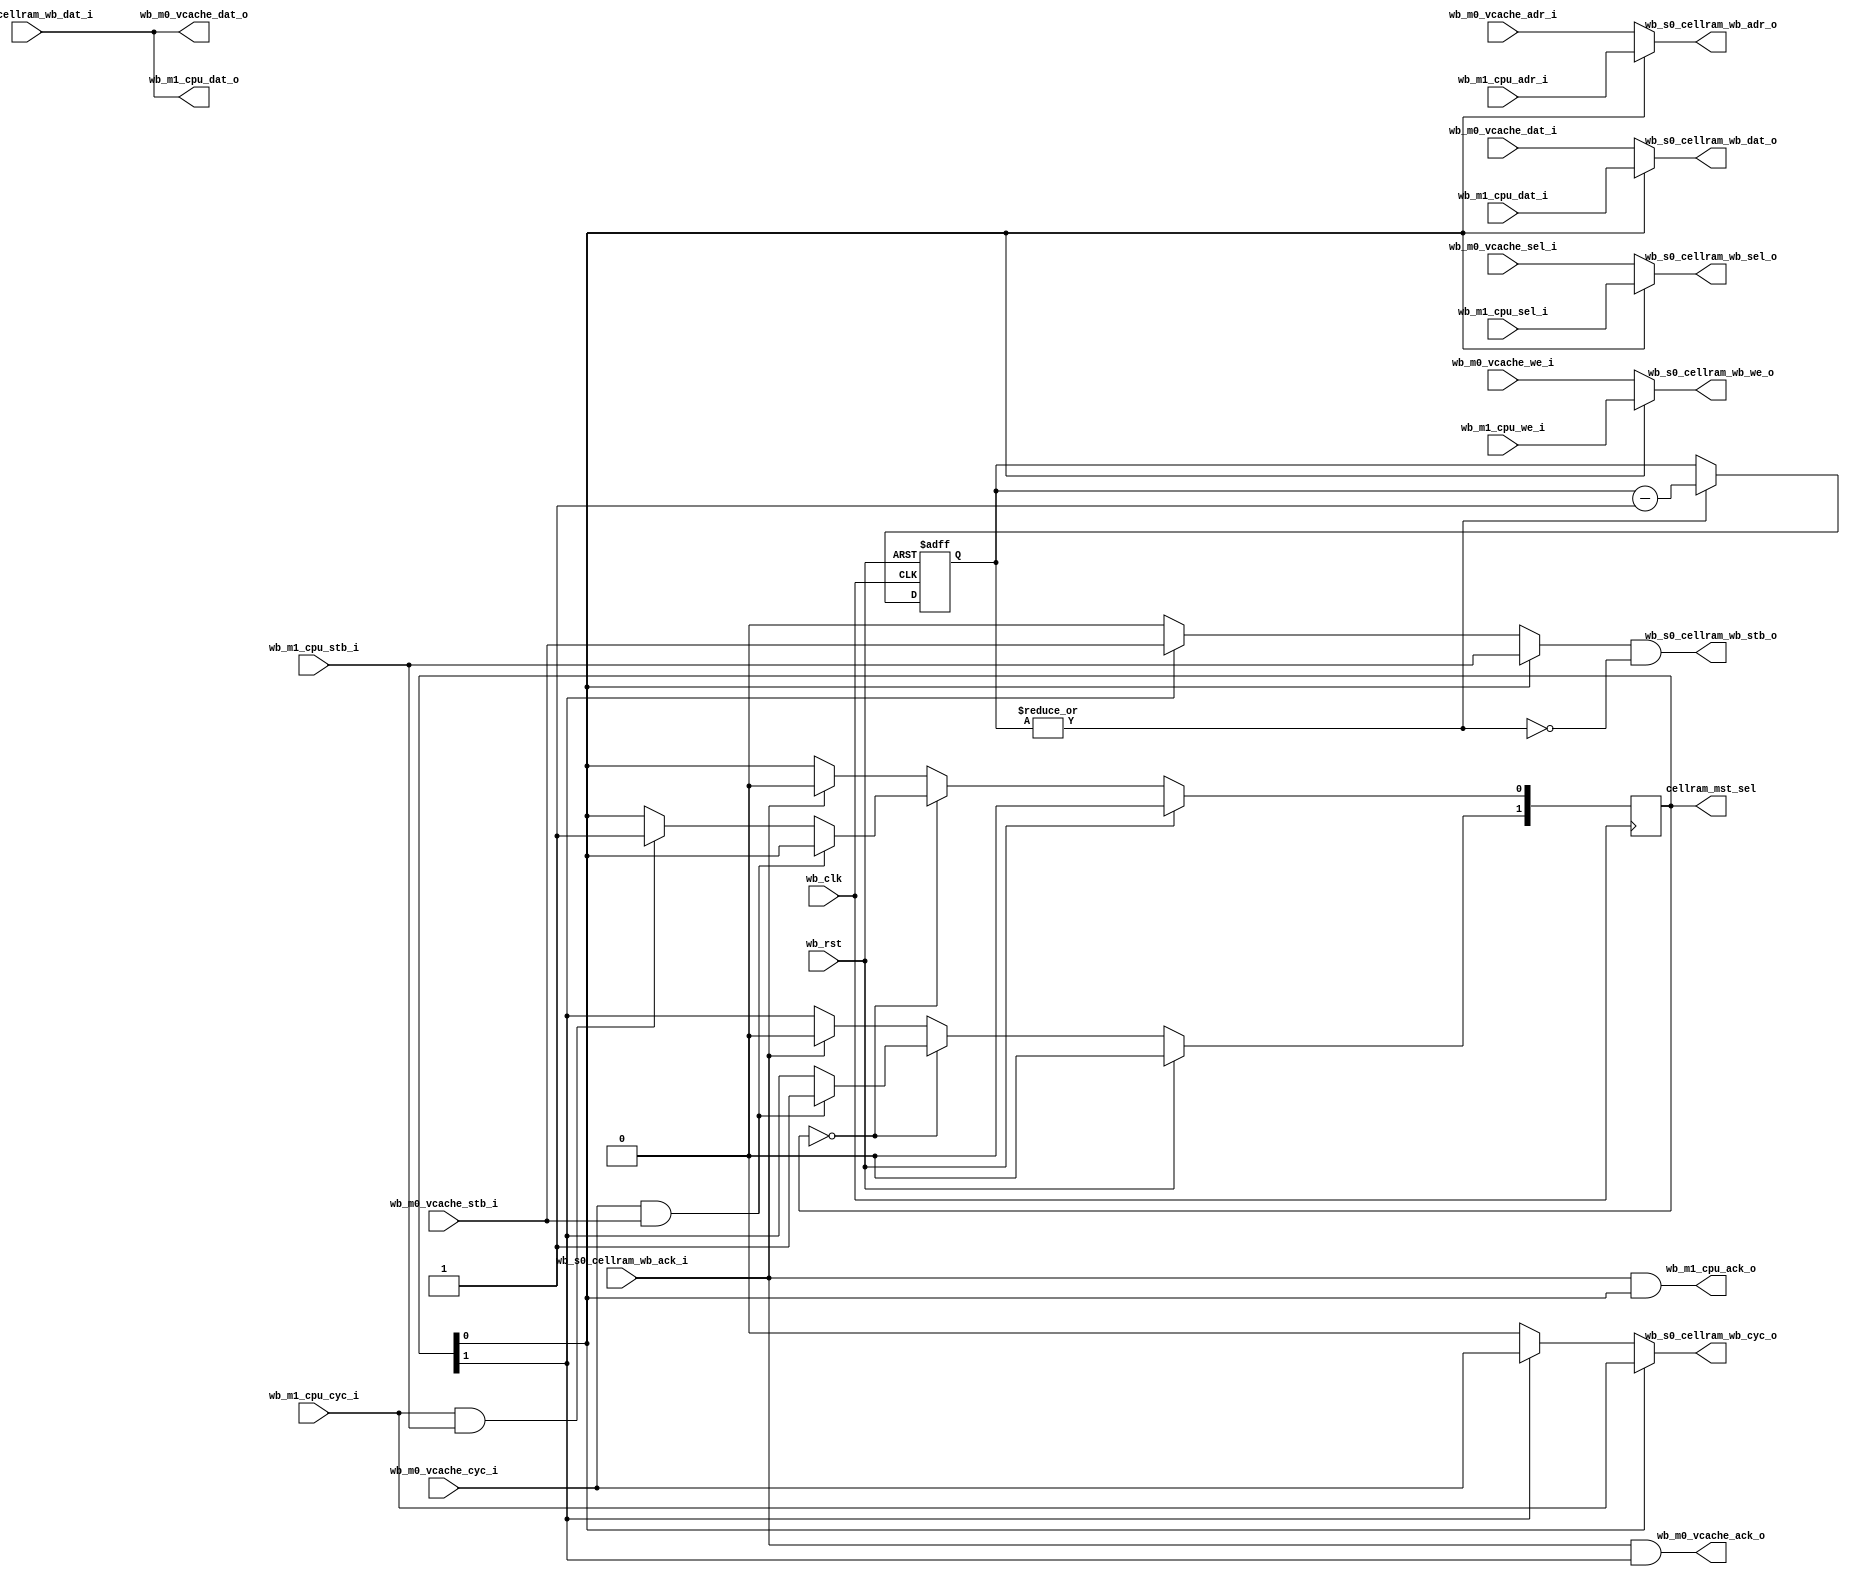
module arbiter(/*AUTOARG*/
   // Outputs
   wb_m0_vcache_dat_o, wb_m0_vcache_ack_o, wb_m1_cpu_dat_o,
   wb_m1_cpu_ack_o, wb_s0_cellram_wb_adr_o, wb_s0_cellram_wb_dat_o,
   wb_s0_cellram_wb_sel_o, wb_s0_cellram_wb_stb_o,
   wb_s0_cellram_wb_cyc_o, wb_s0_cellram_wb_we_o,
   // Inputs
   wb_clk, wb_rst, wb_m0_vcache_adr_i, wb_m0_vcache_dat_i,
   wb_m0_vcache_sel_i, wb_m0_vcache_cyc_i, wb_m0_vcache_stb_i,
   wb_m0_vcache_we_i, wb_m1_cpu_adr_i, wb_m1_cpu_dat_i,
   wb_m1_cpu_sel_i, wb_m1_cpu_cyc_i, wb_m1_cpu_stb_i, wb_m1_cpu_we_i,
   wb_s0_cellram_wb_dat_i, wb_s0_cellram_wb_ack_i
	//
	,cellram_mst_sel
   );

   input  wire wb_clk, wb_rst;

   input  wire [31:0] 	       		  wb_m0_vcache_adr_i;
   input  wire [31:0] 	       		  wb_m0_vcache_dat_i;
   input  wire [3:0] 	       		  wb_m0_vcache_sel_i;
   input  wire 				  wb_m0_vcache_cyc_i;
   input  wire 				  wb_m0_vcache_stb_i;
   input  wire 				  wb_m0_vcache_we_i;
   output wire [31:0]  			  wb_m0_vcache_dat_o;
   output wire 				  wb_m0_vcache_ack_o;

   input  wire [31:0] 	       		  wb_m1_cpu_adr_i;
   input  wire [31:0] 	       		  wb_m1_cpu_dat_i;
   input  wire [3:0] 	       		  wb_m1_cpu_sel_i;
   input  wire 				  wb_m1_cpu_cyc_i;
   input  wire 				  wb_m1_cpu_stb_i;
   input  wire 				  wb_m1_cpu_we_i;
   output wire [31:0] 	       		  wb_m1_cpu_dat_o;
   output wire 				  wb_m1_cpu_ack_o;

   output wire [31:0] 			  wb_s0_cellram_wb_adr_o;
   output wire [31:0] 			  wb_s0_cellram_wb_dat_o;
   output wire [3:0] 			  wb_s0_cellram_wb_sel_o;
   output wire 				  wb_s0_cellram_wb_stb_o;
   output wire 				  wb_s0_cellram_wb_cyc_o;
   output wire 				  wb_s0_cellram_wb_we_o;
   input  wire [31:0] 			  wb_s0_cellram_wb_dat_i;
   input  wire 				  wb_s0_cellram_wb_ack_i;
   
   //output wire 				  wb_m1_cpu_gnt;
   //output wire 				  wb_m0_vcache_gnt;
   
   output reg [1:0] 				  cellram_mst_sel;
	
	//assign cellram_mst_sel[1] = wb_m0_vcache_cyc_i & wb_m0_vcache_stb_i 
	                 //& !(cellram_mst_sel[1]  & (wb_s0_cellram_wb_ack_i | cellram_arb_reset))
	//					  ;
	//assign cellram_mst_sel[0] = !cellram_mst_sel[1] & wb_m1_cpu_cyc_i & wb_m1_cpu_stb_i
	                 //& !(cellram_mst_sel[0]  & (wb_s0_cellram_wb_ack_i | cellram_arb_reset))
	//					  ;

   reg [9:0] 				  cellram_arb_timeout;
   wire 				  cellram_arb_reset;

   //assign wb_m1_cpu_gnt = cellram_mst_sel[0];
   //assign wb_m0_vcache_gnt = cellram_mst_sel[1];

   always @(posedge wb_clk)
     if (wb_rst)
       cellram_mst_sel <= 0;
     else begin
	if (cellram_mst_sel==2'b00) begin
	   /* wait for new access from masters. vcache takes priority */
	   if (wb_m0_vcache_cyc_i & wb_m0_vcache_stb_i) //if (wbs_d_cellram_cyc_i & wbs_d_cellram_stb_i)
	     cellram_mst_sel[1] <= 1;
     else if (wb_m1_cpu_cyc_i & wb_m1_cpu_stb_i) //else if (wbs_i_cellram_cyc_i & wbs_i_cellram_stb_i)
	     cellram_mst_sel[0] <= 1;
	end
	else begin
	   if (wb_s0_cellram_wb_ack_i) //| cellram_arb_reset) //TODO: reset
	     cellram_mst_sel <= 0;
	end // else: !if(cellram_mst_sel==2'b00)
     end // else: !if(wb_rst)

   reg [3:0] cellram_rst_counter;
   always @(posedge wb_clk or posedge wb_rst)
     if (wb_rst)
       cellram_rst_counter <= 4'hf;
     else if (|cellram_rst_counter)
       cellram_rst_counter <= cellram_rst_counter - 1;

   assign wb_s0_cellram_wb_adr_o = cellram_mst_sel[0] ? wb_m1_cpu_adr_i :
			   wb_m0_vcache_adr_i;
   assign wb_s0_cellram_wb_dat_o = cellram_mst_sel[0] ? wb_m1_cpu_dat_i :
			   wb_m0_vcache_dat_i;
   assign wb_s0_cellram_wb_stb_o = (cellram_mst_sel[0] ?  wb_m1_cpu_stb_i :
			   cellram_mst_sel[1]  ? wb_m0_vcache_stb_i : 0) &
			   !(|cellram_rst_counter);
   assign wb_s0_cellram_wb_cyc_o = cellram_mst_sel[0] ?  wb_m1_cpu_cyc_i :
			   cellram_mst_sel[1] ?  wb_m0_vcache_cyc_i : 0;
   assign wb_s0_cellram_wb_we_o = cellram_mst_sel[0] ? wb_m1_cpu_we_i :
			  wb_m0_vcache_we_i;
   assign wb_s0_cellram_wb_sel_o = cellram_mst_sel[0] ? wb_m1_cpu_sel_i :
			  wb_m0_vcache_sel_i;

   assign wb_m1_cpu_dat_o = wb_s0_cellram_wb_dat_i;
   assign wb_m0_vcache_dat_o = wb_s0_cellram_wb_dat_i;
   assign wb_m1_cpu_ack_o = wb_s0_cellram_wb_ack_i & cellram_mst_sel[0];
   assign wb_m0_vcache_ack_o = wb_s0_cellram_wb_ack_i & cellram_mst_sel[1];
   assign wb_m1_cpu_err_o = cellram_arb_reset & cellram_mst_sel[0];
   assign wb_m1_cpu_rty_o = 0;
   assign wb_m0_vcache_err_o = cellram_arb_reset & cellram_mst_sel[1];
   assign wb_m0_vcache_rty_o = 0;


   always @(posedge wb_clk)
     if (wb_rst)
       cellram_arb_timeout <= 0;
     else if (wb_s0_cellram_wb_ack_i)
       cellram_arb_timeout <= 0;
     else if (wb_s0_cellram_wb_stb_o & wb_s0_cellram_wb_cyc_o)
       cellram_arb_timeout <= cellram_arb_timeout + 1;

   assign cellram_arb_reset = (&cellram_arb_timeout);

endmodule